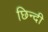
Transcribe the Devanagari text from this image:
छिन्दी